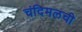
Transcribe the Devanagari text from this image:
चंदिमलची